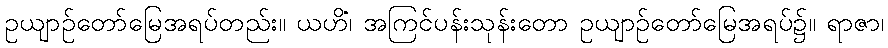
ဥယျာဉ်တော်မြေအရပ်တည်း။ ယဟိံ၊ အကြင်ပန်းသုန်းတော ဥယျာဉ်တော်မြေအရပ်၌။ ရာဇာ၊